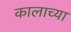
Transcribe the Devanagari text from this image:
कालाच्या